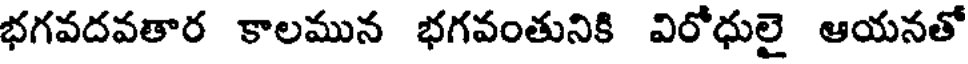
భగవదవతార కాలమున భగవంతునికి విరోధులై ఆయనతో